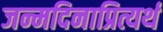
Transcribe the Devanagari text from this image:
जन्मदिनाप्रित्यर्थ